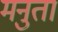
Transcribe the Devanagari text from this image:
मनुतां